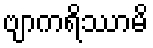
ဗျာကရိဿာမိ